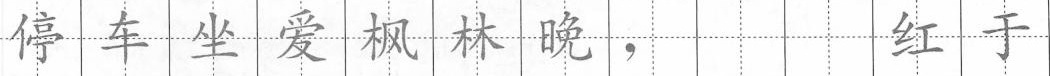
停车坐爱枫林晚， 红于